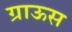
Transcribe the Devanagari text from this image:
ग्राऊस